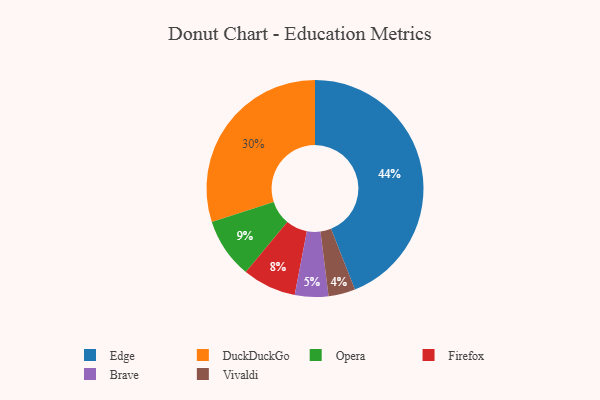
{"axis": {"x": "Category", "y": "Percentage"}, "legend": ["Brave", "DuckDuckGo", "Edge", "Firefox", "Opera", "Vivaldi"], "data": [{"x": "Firefox", "y": 8, "type": "Firefox"}, {"x": "Brave", "y": 5, "type": "Brave"}, {"x": "Edge", "y": 44, "type": "Edge"}, {"x": "Vivaldi", "y": 4, "type": "Vivaldi"}, {"x": "DuckDuckGo", "y": 30, "type": "DuckDuckGo"}, {"x": "Opera", "y": 9, "type": "Opera"}]}